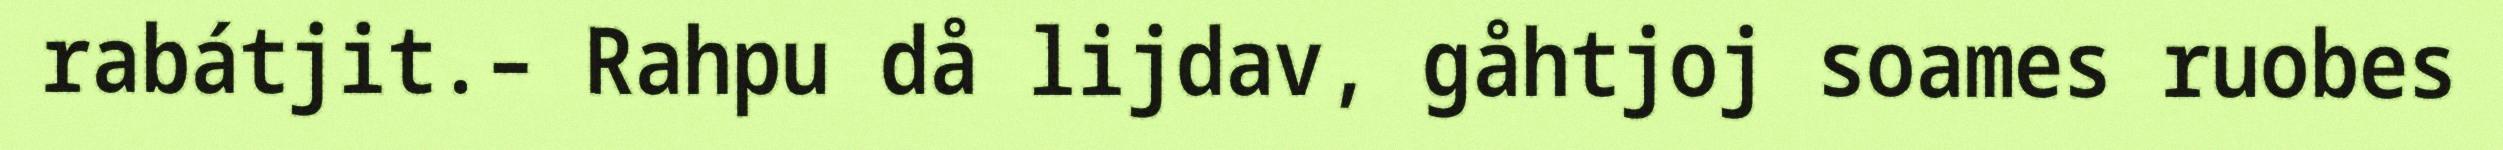
rabátjit.– Rahpu då lijdav, gåhtjoj soames ruobes